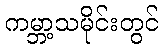
ကမ္ဘာ့သမိုင်းတွင်